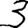
Digit: 3